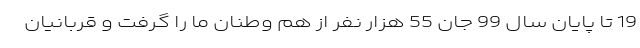
19 تا پایان سال 99 جان 55 هزار نفر از هم وطنان ما را گرفت و قربانیان